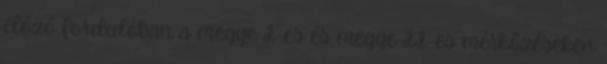
előző fordulóban a megye I-es és megye II-es mérkőzéseken